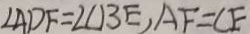
\angle A D F = \angle C B E , A F = C E